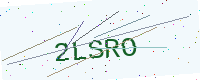
Text: 2LSRO